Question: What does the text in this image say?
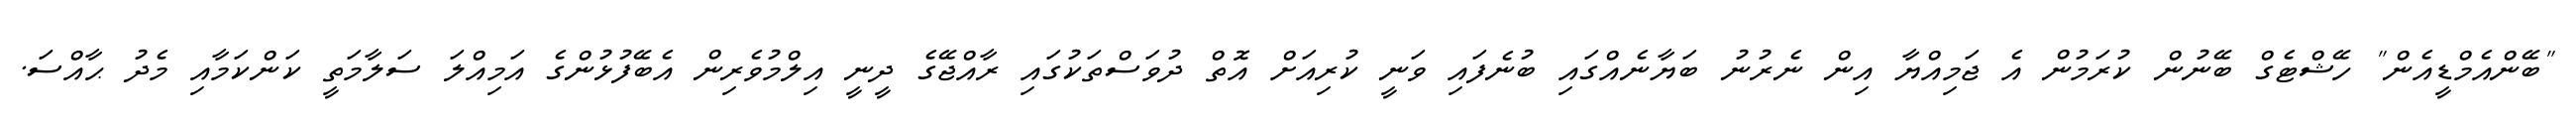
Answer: "ބޭންއެމްޑީއެން" ހޭޝްޓެގް ބޭނުން ކުރަމުން އެ ޖަމިއްޔާ އިން ނެރުނު ބަޔާނެއްގައި ބުނެފައި ވަނީ ކުރިއަށް އޮތް ދުވަސްތަކުގައި ރާއްޖޭގެ ދީނީ އިލްމުވެރިން އެބޭފުޅުންގެ އަމިއްލަ ސަލާމަތީ ކަންކަމާއި މެދު ޙާއްސަ.